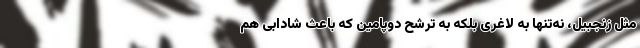
مثل زنجبیل، نه‌تنها به لاغری بلکه به ترشح دوپامین که باعث شادابی هم